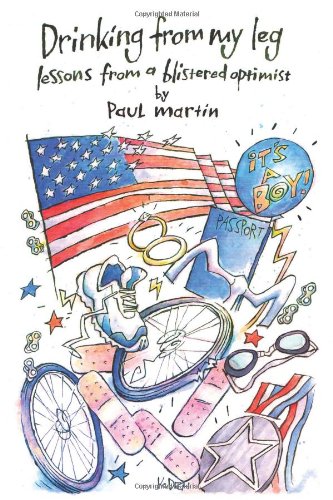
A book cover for Drinking from My Leg: Lessons from a Blistered Optimist; Paul Martin; Health, Fitness & Dieting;